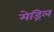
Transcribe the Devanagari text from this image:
मेड्रिल